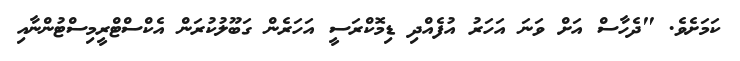
ކަމަށެވެ. "ދެހާސް އަށް ވަނަ އަހަރު އުފެެއްދި ޑިމޮކްރަސީ އަހަރެން ގަބޫލުކުރަން އެކްސްޓްރީމިސްޓުންނާއި